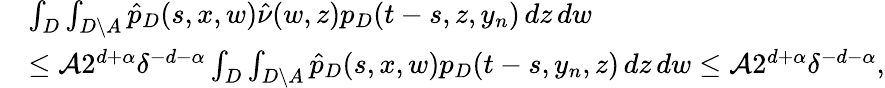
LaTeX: \begin{array}{rl}&{\int_{D}\int_{D\setminus A}\hat{p}_{D}(s,x,w)\hat{\nu}(w,z)p_{D}(t-s,z,y_{n})\, dz\, dw}\\ &{\leq\mathcal{A}2^{d+\alpha}\delta^{-d-\alpha}\int_{D}\int_{D\setminus A}\hat{p}_{D}(s,x,w)p_{D}(t-s,y_{n},z)\, dz\, dw\leq\mathcal{A}2^{d+\alpha}\delta^{-d-\alpha},}\end{array}